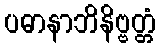
ပဓာနာဘိနိဗ္ဗတ္တံ